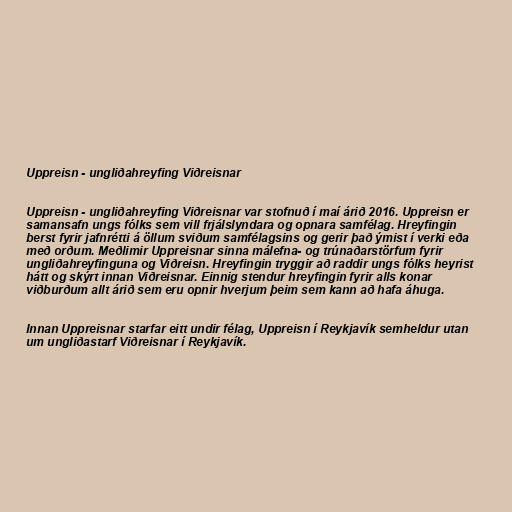
Uppreisn - ungliðahreyfing Viðreisnar

Uppreisn - ungliðahreyfing Viðreisnar var stofnuð í maí árið 2016. Uppreisn er
samansafn ungs fólks sem vill frjálslyndara og opnara samfélag. Hreyfingin
berst fyrir jafnrétti á öllum sviðum samfélagsins og gerir það ýmist í verki eða
með orðum. Meðlimir Uppreisnar sinna málefna- og trúnaðarstörfum fyrir
ungliðahreyfinguna og Viðreisn. Hreyfingin tryggir að raddir ungs fólks heyrist
hátt og skýrt innan Viðreisnar. Einnig stendur hreyfingin fyrir alls konar
viðburðum allt árið sem eru opnir hverjum þeim sem kann að hafa áhuga.

Innan Uppreisnar starfar eitt undir félag, Uppreisn í Reykjavík semheldur utan
um ungliðastarf Viðreisnar í Reykjavík.